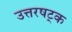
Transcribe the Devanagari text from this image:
उत्तरषट्क